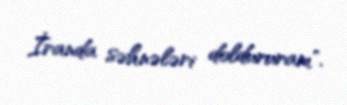
İranda səhnələri doldururam".